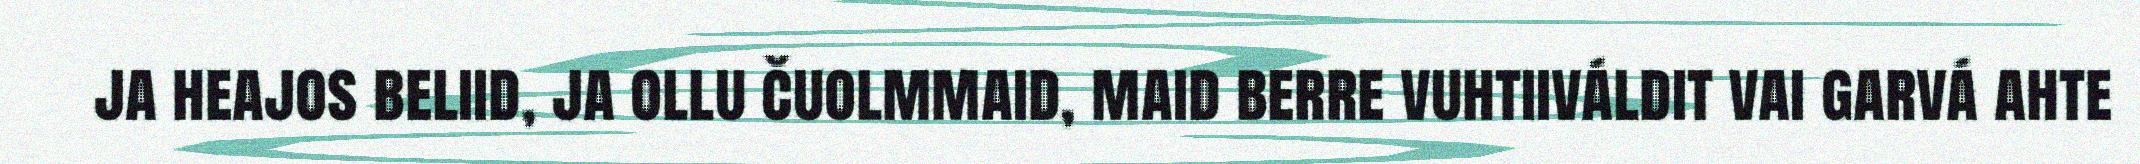
ja heajos beliid, ja ollu čuolmmaid, maid berre vuhtiiváldit vai garvá ahte